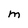
Character: M